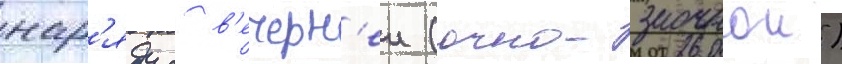
нар'яду с в'ечерн'еи (очно-заочнои)